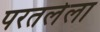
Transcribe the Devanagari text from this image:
परतलेला